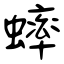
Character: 蟀